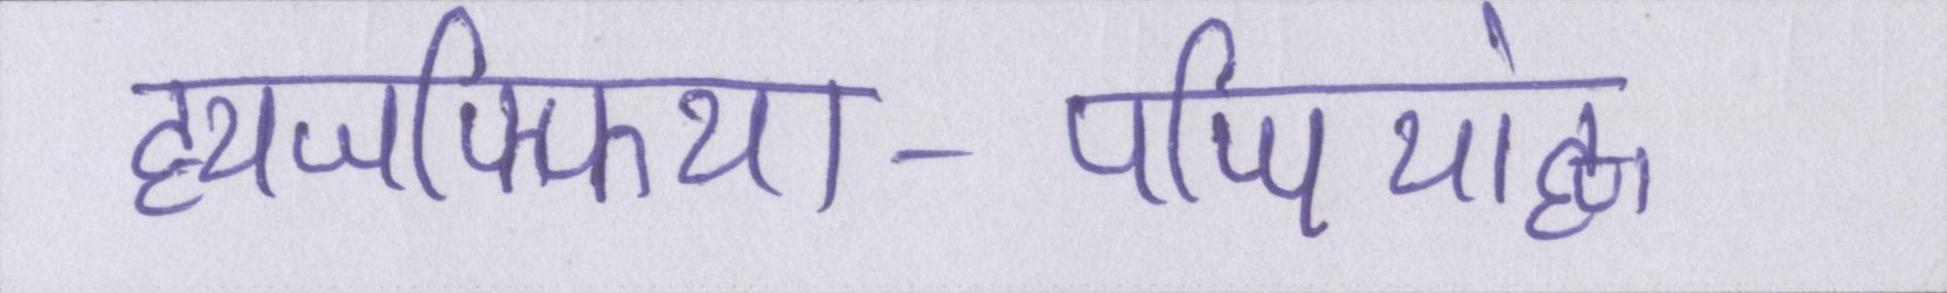
ह्यजफ्फिया-पप्पियांह्ण